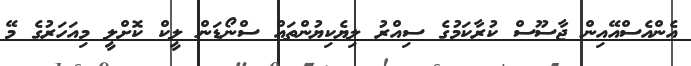
އެންއެސްއޭއިން ޖާސޫސް ކުރާކަމުގެ ސިއްރު ލިޔެކިޔުންތައް ސްނޯޑަން ލީކް ކޮށްލީ މިއަހަރުގެ މޭ